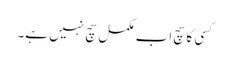
کسی کا سچ اب مکمل سچ نہیں ہے۔